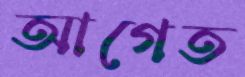
আগেত